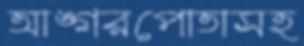
আঙ্গরপোতাসহ